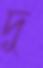
দু